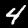
Digit: 4